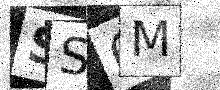
Text: SS6M